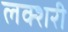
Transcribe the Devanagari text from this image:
लक्शरी